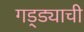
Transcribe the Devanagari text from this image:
गड्ड्याची